Civil Veterinary Department. Madras. Admin. report 1926-33 - 1926-1933
Year: 1926
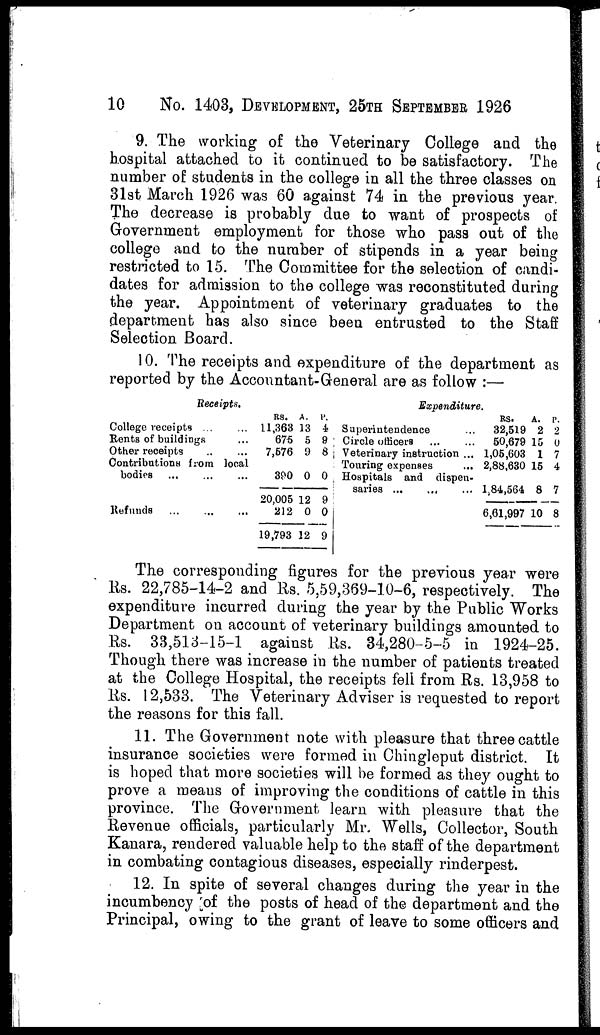
10
No. 1403, DEVELOPMENT, 25TH SEPTEMBER 1926
9. The working of the Veterinary College and the
hospital attached to it continued to be satisfactory. The
number of students in the college in all the three classes on
31st March 1926 was 60 against 74 in the previous year.
The decrease is probably due to want of prospects of
Government employment for those who pass out of the
college and to the number of stipends in a year being
restricted to 15. The Committee for the selection of candi-
dates for admission to the college was reconstituted during
the year. Appointment of veterinary graduates to the
department has also since been entrusted to the Staff
Selection Board.
10. The receipts and expenditure of the department as
reported by the Accountant-General are as follow:—
Receipts.
College receipts ... ...
Rents of buildings ...
Other receipts
...
...
Contributions from local
bodies ... ... ...
Refunds
...
...
...
RS.
11,363
675
7,576
390
20,005
212
19,793
A.
13
5
9
0
12
0
12
P.
4
9
8
0
9
0
9
Expenditure.
Superintendence ...
Circle officers ... ...
Veterinary instruction ...
Touring expenses
Hospitals and dispen-
saries ... ... ...
RS.
32,519
50,679
1,05,603
2,88,630
1,84,564
6,61,997
A.
2
15
1
15
8
10
P.
2
0
7
4
7
8
The corresponding figures for the previous year were
Rs. 22,785-14-2 and Rs. 5,59,369-10-6, respectively. The
expenditure incurred during the year by the Public Works
Department on account of veterinary buildings amounted to
Rs. 33,513-15-1 against lis. 34,280-5-5 in 1924-25.
Though there was increase in the number of patients treated
at the College Hospital, the receipts fell from Rs. 13,958 to
lis. 12,533. The Veterinary Adviser is requested to report
the reasons for this fall.
11. The Government note with pleasure that three cattle
insurance societies were formed in Chingleput district. It
is hoped that more societies will he formed as they ought to
prove a means of improving the conditions of cattle in this
province. The Government learn with pleasure that the
Revenue officials, particularly Mr. Wells, Collector, South
Kanara, rendered valuable help to the staff of the department
in combating contagious diseases, especially rinderpest.
12. In spite of several changes during the year in the
incumbency of the posts of head of the department and the
Principal, owing to the grant of leave to some officers and